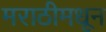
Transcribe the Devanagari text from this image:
मराठीमधून